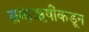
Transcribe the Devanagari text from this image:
ब्रम्हऋषींकडून